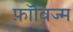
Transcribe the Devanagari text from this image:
फ़ॉविज्म